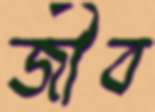
জীব